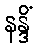
နန္ဒိံ